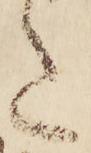
意